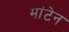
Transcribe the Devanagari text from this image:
मांटेन